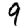
Digit: 9